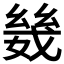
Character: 𫷣